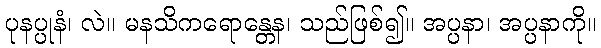
ပုနပ္ပုနံ၊ လဲ။ မနသိကရောန္တေန၊ သည်ဖြစ်၍။ အပ္ပနာ၊ အပ္ပနာကို။